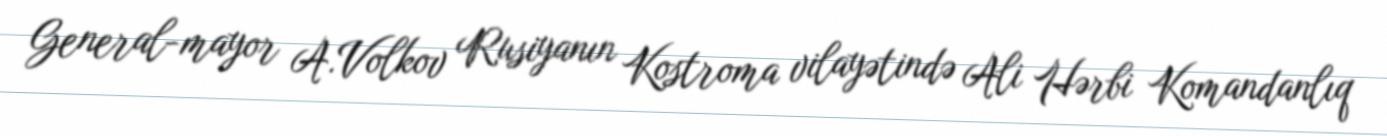
General-mayor A.Volkov Rusiyanın Kostroma vilayətində Ali Hərbi Komandanlıq